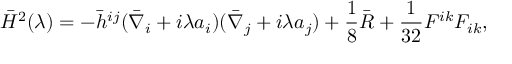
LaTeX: \bar { H } ^ { 2 } ( \lambda ) = - \bar { h } ^ { i j } ( \bar { \nabla } _ { i } + i \lambda a _ { i } ) ( \bar { \nabla } _ { j } + i \lambda a _ { j } ) + \frac 1 8 \bar { R } + { \frac { 1 } { 3 2 } } F ^ { i k } F _ { i k } ,